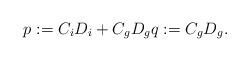
LaTeX: \begin{align*}p:= C_iD_i+C_gD_g q:=C_gD_g.\end{align*}